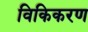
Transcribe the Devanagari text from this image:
विकिकरण